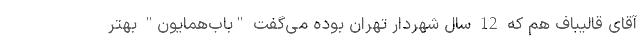
آقای قالیباف هم که 12 سال شهردار تهران بوده می‌گفت "بابْ‌همایون" بهتر